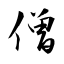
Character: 僧